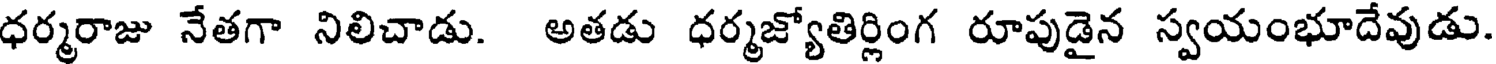
ధర్మరాజు నేతగా నిలిచాడు. అతడు ధర్మజ్యోతిర్లింగ రూపుడైన స్వయంభూదేవుడు.